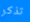
تذكر